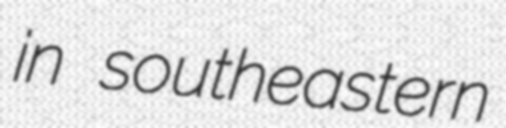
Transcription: in southeastern